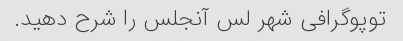
توپوگرافی شهر لس آنجلس را شرح دهید.